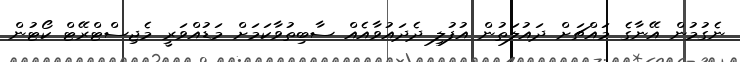
ނެގުމުން އޭނާގެ މައްޗަށް ދައުލަތުން އުފުލި ދެދައުވާއެއް ސާބިތުވާކަމަށް މަޑުއްވަރީ މެޖިސްޓްރޭޓް ކޯޓުން